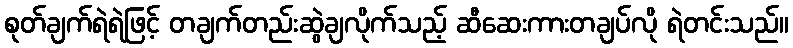
စုတ်ချက်ရဲရဲဖြင့် တချက်တည်းဆွဲချလိုက်သည့် ဆီဆေးကားတချပ်လို ရဲတင်းသည်။